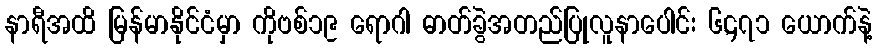
နာရီအထိ မြန်မာနိုင်ငံမှာ ကိုဗစ်၁၉ ရောဂါ ဓာတ်ခွဲအတည်ပြုလူနာပေါင်း ၆,၄၇၁ ယောက်နဲ့